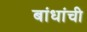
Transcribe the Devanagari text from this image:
बांधांची